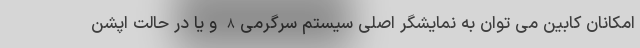
امکانان کابین می توان به نمایشگر اصلی سیستم سرگرمی8 و یا در حالت اپشن